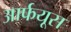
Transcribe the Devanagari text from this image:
आर्फयूस